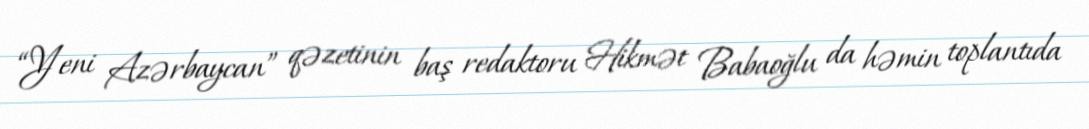
“Yeni Azərbaycan” qəzetinin baş redaktoru Hikmət Babaoğlu da həmin toplantıda